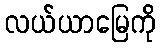
လယ်ယာမြေကို